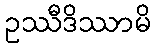
ဥဿီဒိဿာမိ